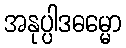
အနုပ္ပါဒဓမ္မော